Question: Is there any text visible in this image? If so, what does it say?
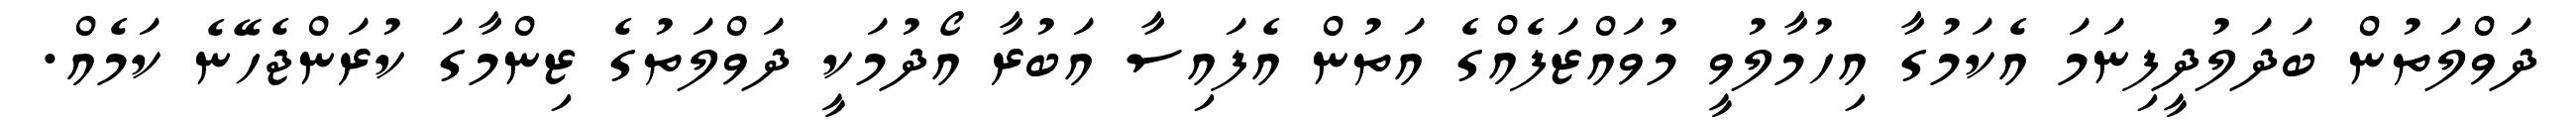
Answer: ދަވްލަތުން ބަދަލުދީފިނަމަ އެކަމުގާ އިހުމާލުވީ މުވައްޒަފެއްގެ އަތުން އެފައިސާ އަބުރާ އޯދުމަކީ ދަވްލަތުގެ ޒިންމާގަ ކުރަންޖެހޭނެ ކަމެއް.